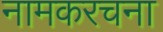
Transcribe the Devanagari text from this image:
नामकरचना